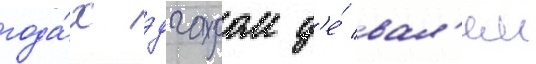
года́х эдгаром д'е́ вал'ем